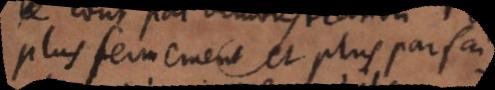
plus fermement et plus parfai